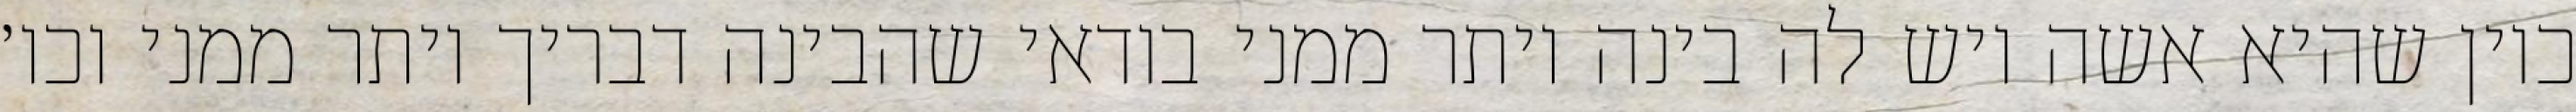
כיון שהיא אשה ויש לה בינה יותר ממני בודאי שהבינה דבריך יותר ממני וכו׳